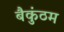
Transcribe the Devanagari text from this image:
बैकुंठम